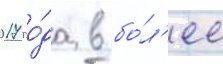
2017 го́да в бо́л'ее